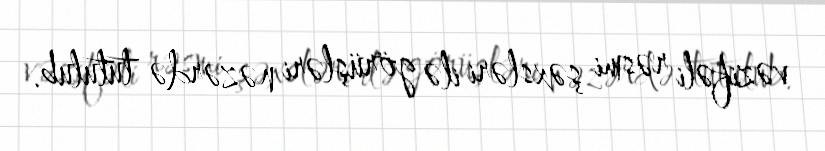
vəzifəli rəsmi şəxsləri ilə görüşləri nəzərdə tutulub.